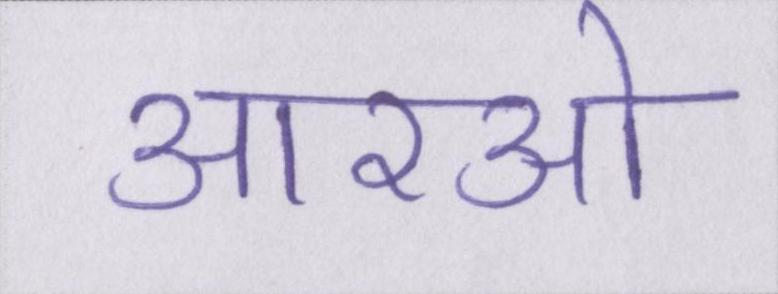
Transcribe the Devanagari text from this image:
आरओ